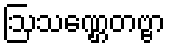
ဩသဏ္ဌေတဗ္ဗာ